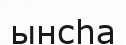
ынсһа